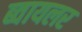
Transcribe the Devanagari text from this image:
ब्वायलर